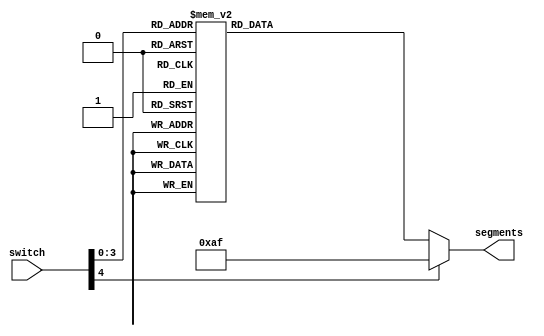
module HEXDRV(input [4:0]switch,
				  output reg [7:0] segments);


always
	begin
	case(switch)
	 4'h0   : segments = ~7'b011_1111;   //  numbering in comments at
    4'h1   : segments = ~7'b000_0110;   //  top of this module.
    4'h2   : segments = ~7'b101_1011;
    4'h3   : segments = ~7'b100_1111;
    4'h4   : segments = ~7'b110_0110;
    4'h5   : segments = ~7'b110_1101;
    4'h6   : segments = ~7'b111_1101;
    4'h7   : segments = ~7'b000_0111;
    4'h8   : segments = ~7'b111_1111;
    4'h9   : segments = ~7'b110_1111;
    4'hA   : segments = ~7'b100_0000;   // changed input A to show N for our needs
    4'hB   : segments = ~7'b111_1100;
    4'hC   : segments = ~7'b011_1001;
    4'hD   : segments = ~7'b101_1110;
    4'hE   : segments = ~7'b111_1001;
  	 4'hF   : segments = ~7'b111_0001;
	 default: segments = ~7'b101_0000;	// r letter
	 endcase
	 end

	endmodule